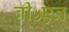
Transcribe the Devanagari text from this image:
बी५एन